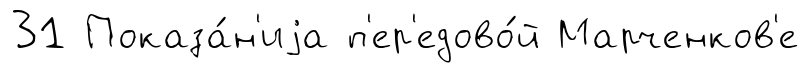
31 Показа́н'иjа п'ер'едово́й Марченков'е